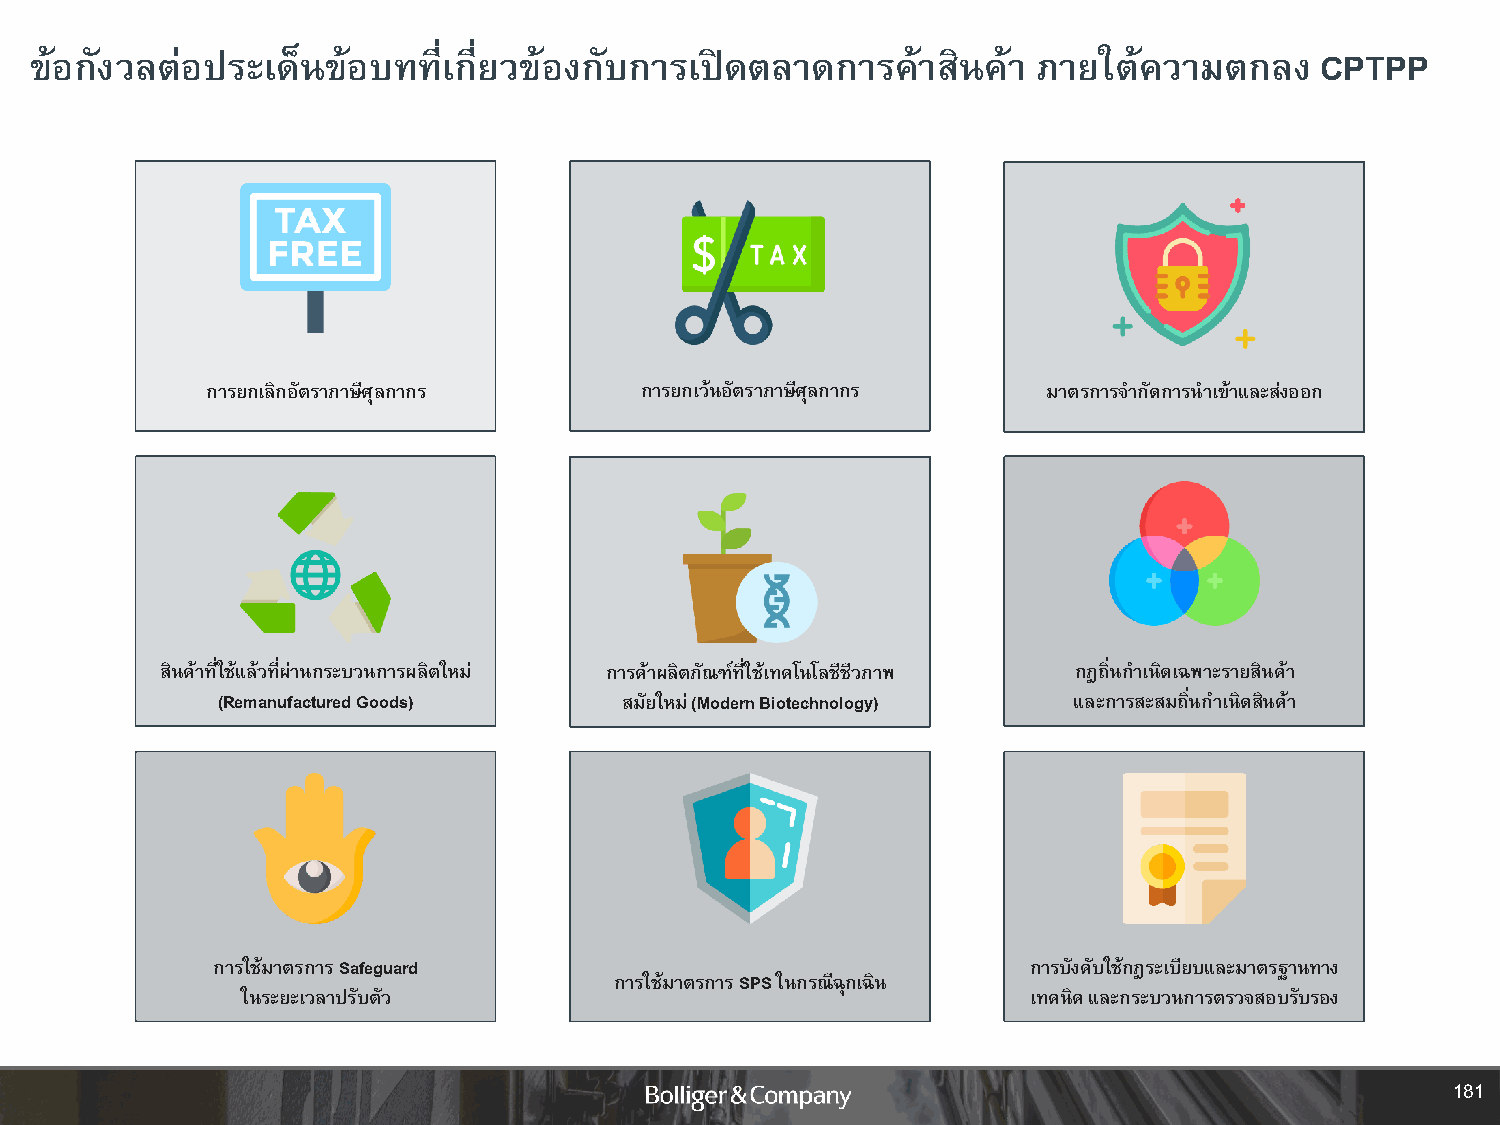
ข้อกังวลต่อประเด็นข้อบทที่เกี่ยวข้องกับการเปิดตลาดการค้าสินค้า     ภายใต้ความตกลง    CPTPP
 การยกเลิกอัตราภาษีศุลกากร   การยกเว้นอัตราภาษีศุลกากร  มาตรการจ ากัดการน าเข้าและส่งออก
 สินค้าที่ใช้แล้วที่ผ่านกระบวนการผลิตใหม่ การค้าผลิตภัณฑ์ที่ใช้เทคโนโลชีชีวภาพ กฎถิ่นก าเนิดเฉพาะรายสินค้า
 (Remanufactured Goods)     สมัยใหม่ (Modern Biotechnology) และการสะสมถิ่นก าเนิดสินค้า
 การใช้มาตรการ Safeguard                               การบังคับใช้กฎระเบียบและมาตรฐานทาง
 การใช้มาตรการ SPSในกรณีฉุกเฉิน
 ในระยะเวลาปรับตัว                                   เทคนิค และกระบวนการตรวจสอบรับรอง
 181